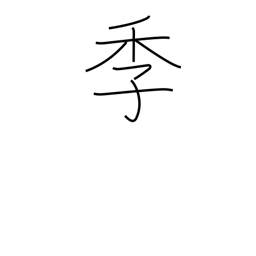
Meaning: seasons